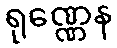
ရုဏ္ဏေန